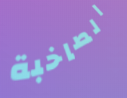
الصاخبة